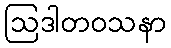
ဩဒါတဝသနာ